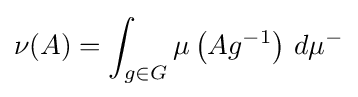
\nu (A)=\int _{g\in G}\mu \left(Ag^{-1}\right)\,d\mu ^{-}